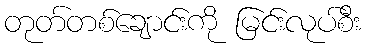
တုတ်တစ်ချောင်းကို မြင်းလုပ်စီး